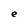
Character: e